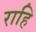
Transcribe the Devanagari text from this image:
राहि